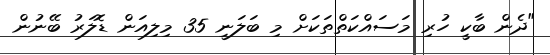
"ދެން ބާކީ ހުރި މަސައްކަތްތަކަށް މި ބަލަނީ 35 މިލިއަން ޑޮލަރު ބޭނުން